system: You are a helpful assistant.
user:
Analyze the provided spectrum to determine if it is a **Carbon Star (C-type)**.

- **Key Visual Indicators of Carbon Star:**
    - **(Primary):** Strong molecular absorption from **C₂ (diatomic carbon) "Swan Bands."** This is the **defining feature** of a carbon star.
        - **(Key Bandheads):** Sharp absorption edges are visible at approximately $5635$ Å, $5165$ Å (the strongest band), and $4737$ Å.
        - **(Line Profile):** Creates a distinct **"saw-tooth"** pattern. The key morphology is a sharp, steep bandhead on the **red (long-wavelength) side**, which then gradually tapers off (i.e., flux recovers) towards the **blue (short-wavelength) side**. *(This is the direct opposite of the TiO bands seen in M-type stars)*.

    - **(Secondary):** Intense **CN (cyanogen)** molecular absorption bands.
        - **(Key Bandheads):** Located in the blue and violet regions of the spectrum (e.g., near $4215$ Å and $3883$ Å).
        - **(Morphology):** These bands are extremely broad and act as a "blanket," absorbing the vast majority of blue and violet light. This creates a characteristic **"cliff"** or **"steep drop-off"** in the spectrum's flux at short wavelengths.

    - **(Key Confirmation):** Strong **CH absorption band (G-band)**.
        - **(Key Bandhead):** Located around $4300$ Å. The contribution from CH molecules to this band is exceptionally strong.

    - **(Overall Spectrum):**
        - The continuum is severely "chopped up" by these deep molecular bands, especially C₂, rather than appearing as a smooth curve.
        - Due to the heavy CN and C₂ absorption in the blue-green, the vast majority of the star's flux is concentrated in the red part of the spectrum, giving the star its characteristic deep red color.

Think first, call **spectral_visualization_tool** if needed to examine features in detail, then provide your final answer. Your response must adhere to the following strict rules:
1.  **Overall Structure:** Your response must follow the format `<think>...</think> <tool_call>...</tool_call> (if a tool is used) <answer>...</answer>`.
2.  **Tool Usage Constraint:** You may only make **one** tool call per turn.
3.  **Final Answer Format:** In the `<answer>` tag, your conclusion must be inside a `\boxed{}` command (e.g., `\boxed{YES}`), followed by your justification.

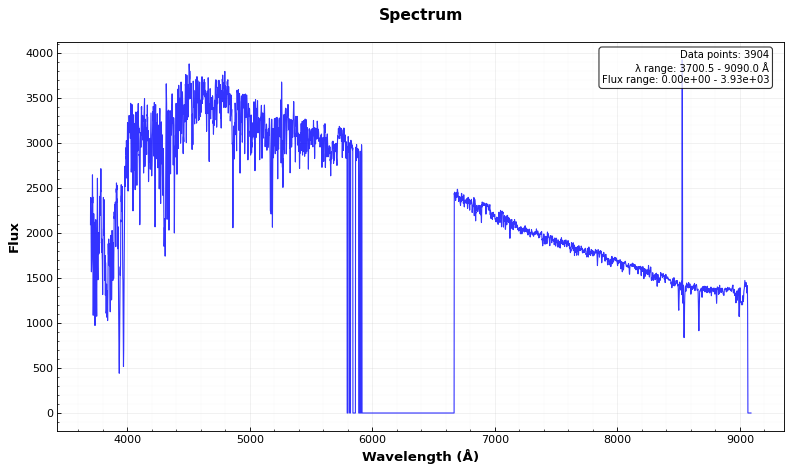
Answer: NO